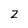
Character: z